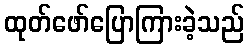
ထုတ်ဖော်ပြောကြားခဲ့သည်